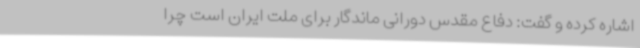
اشاره کرده و گفت: دفاع مقدس دورانی ماندگار برای ملت ایران است چرا